King Institute of Preventive Medicine Micro-Biological Section reports 1909-11
Year: 1909
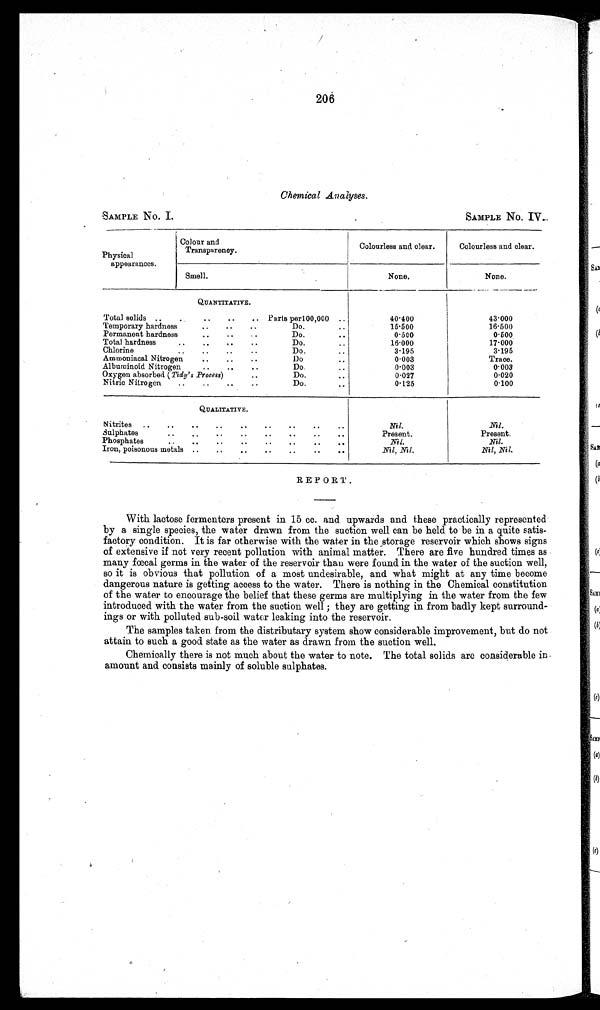
206
Chemical Analyses.
SAMPLE No. I.
SAMPLE No. IV.
Physical
appearances.
Colour and
Transparency.
Colourless and clear.
Colourless and clear.
Smell.
None.
None.
QUANTITATIVE.
Total solids ..
. . . . . . Parts per100,000 ..
4 0 . 4 0 0
43.000
Temporary hardness
..
..
Do.
15.500
16.500
Permanent hardness
..
. . . .
Do.
0.500
0.500
Total hardness
..
..
Do.
16.000
17.000
Chlorine
D o .
3.195
3 . 1 9 5
Ammoniacal Nitrogen
..
..
..
Do.
0.003
Trace.
Albuminoid Nitrogen
..
Do.
0 . 0 0 3
0.003
Oxygen absorbed ( Tidy's Process)
Do.
0 . 0 2 7
0.020
Nitric Nitrogen
..
..
..
..
Do.
..
0.125
0.100
QUALITATIVE.
Nitrites ..
..
.. .. .. .. .. ..
Nil.
Nil.
Sulphates
.. .. .. .. .. ..
Present.
Present.
Phosphates
.. .. .. .. .. .. .. ..
Nil.
Nil.
Iron, poisonous metals ..
..
..
..
..
..
..
Nil, Nil.
Nil, Nil.
REPORT.
With lactose fermenters present in 15 cc. and upwards and these practically represented
by a single species, the water drawn from the suction well can be held to be in a quite satis-
factory condition. It is far otherwise with the water in the storage reservoir which shows signs
of extensive if not very recent pollution with animal matter. There are five hundred times as
many fœcal germs in the water of the reservoir than were found in the water of the suction well,
so it is obvious that pollution of a most undesirable, and what might at any time become
dangerous nature is getting access to the water. There is nothing in the Chemical constitution
of the water to encourage the belief that these germs are multiplying in the water from the few
introduced with the water from the suction well ; they are getting in from badly kept surround-
ings or with polluted sub-soil water leaking into the reservoir.
The samples taken from the distributary system show considerable improvement, but do not
attain to such a good state as the water as drawn from the suction well.
Chemically there is not much about the water to note. The total solids are considerable in
amount and consists mainly of soluble sulphates.